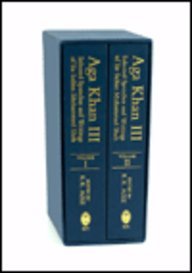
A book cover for Aga Khan III: Selected Speeches and Writings of Sir Sultan Muhammad Shah (2 Volumes); Religion & Spirituality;